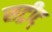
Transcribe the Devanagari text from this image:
सट्रीट्